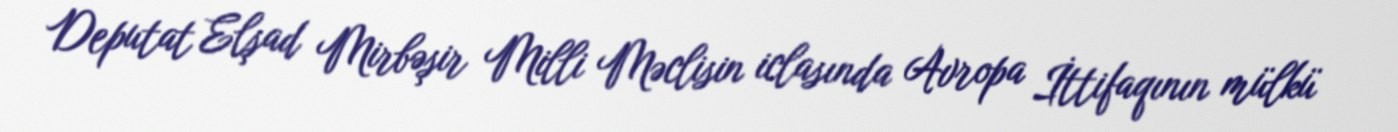
Deputat Elşad Mirbəşir Milli Məclisin iclasında Avropa İttifaqının mülkü